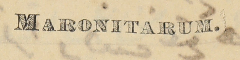
.MARONITARUM